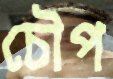
চৌপ